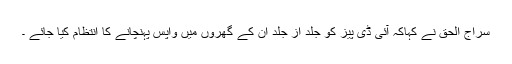
سراج الحق نے کہاکہ آئی ڈی پیز کو جلد از جلد ان کے گھروں میں واپس پہنچانے کا انتظام کیا جائے ۔